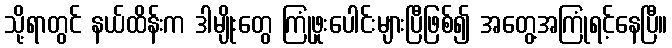
သို့ရာတွင် နယ်ထိန်းက ဒါမျိုးတွေ ကြုံဖူးပေါင်းများပြီဖြစ်၍ အတွေ့အကြုံရင့်နေပြီ။